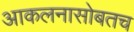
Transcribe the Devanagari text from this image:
आकलनासोबतच